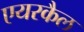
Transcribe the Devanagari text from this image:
एयरकैल